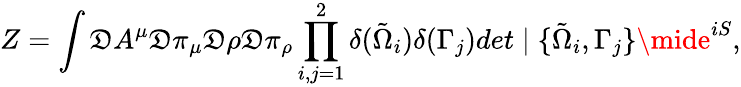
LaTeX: Z=\int{\cal\mathfrak{D}}A^{\mu}{\cal\mathfrak{D}}\pi_{\mu}{\cal\mathfrak{D}}\rho{\cal\mathfrak{D}}\pi_{\rho}\prod_{i,j=1}^{2}\delta(\tilde{{\Omega}}_{i})\delta(\Gamma_{j})det\mid\{ \tilde{{\Omega}}_{i},\Gamma_{j}\} \mide^{iS},